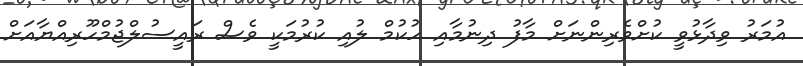
އުމަރު ވިދާޅުވީ ކުށްވެރިންނަށް މާފު ދިނުމާއި ހުކުމް ލުއި ކުރުމަކީ ވެސް ރައީސުލްޖުމްްހޫރިއްޔާއަށް